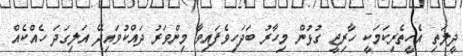
ދީލަތި އެހީތެރިކަމަކީ ހާރިޖީ ގުޅުން މިހާރު ބަދަހިވެފައިވާ މިންވަރު ދައްކުވައިދޭ އަލިގަދަ ހެއްކެއް